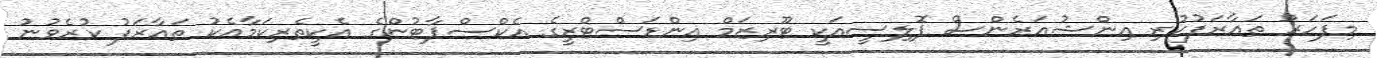
މިފަހަރު ތައާރަފުކުރި އިންޝުއަރެންސް ޕޮލިސީއަކީ ޓޫރިޒަމް އިންޑަސްޓްރީގެ އެކްސްޕާޓުންގެ އެކީތެރިކަމާއެކު ތައާރަފު ކުރެވުނު